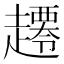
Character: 𧾇